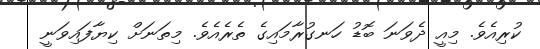
ކުރިއެވެ. މިއީ ދެވަނަ ބޮޑު ހަނގުރާމައިގެ ތެރެއެވެ. މިތަނަށް ކިޔާފައިވަނީ